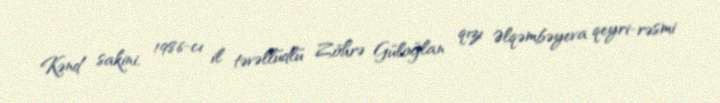
Kənd sakini, 1986-cı il təvəllüdlü Zöhrə Güloğlan qızı Əlqəmbəyeva qeyri-rəsmi